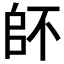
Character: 𠂾